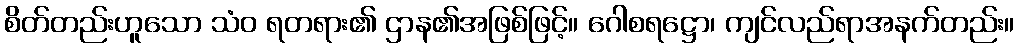
စိတ်တည်းဟူသော သံဝ ရတရား၏ ဌာန၏အဖြစ်ဖြင့်။ ဂေါစရဋ္ဌော၊ ကျင်လည်ရာအနက်တည်း။